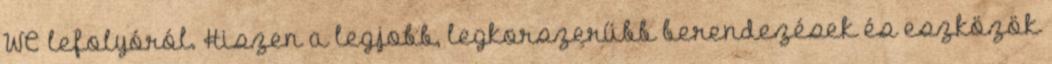
WC lefolyóról. Hiszen a legjobb, legkorszerűbb berendezések és eszközök